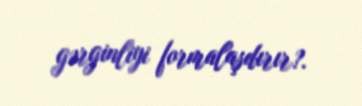
gərginliyi formalaşdırır?.